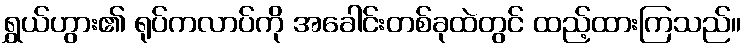
ရွှယ်ဟွား၏ ရုပ်ကလာပ်ကို အခေါင်းတစ်ခုထဲတွင် ထည့်ထားကြသည်။